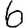
Digit: 6